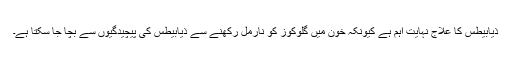
ذیابیطس کا علاج نہایت اہم ہے کیونکہ خون میں گلوکوز کو نارمل رکھنے سے ذیابیطس کی پیچیدگیوں سے بچا جا سکتا ہے۔